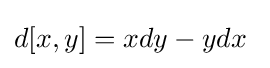
d[x,y]=xdy-ydx~